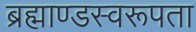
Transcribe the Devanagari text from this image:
ब्रह्माण्डस्वरूपता